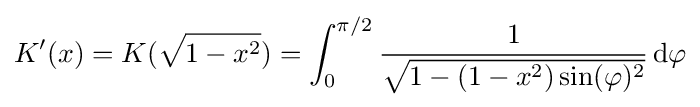
K'(x)=K({\sqrt {1-x^{2}}})=\int _{0}^{\pi /2}{\frac {1}{\sqrt {1-(1-x^{2})\sin(\varphi )^{2}}}}\,\mathrm {d} \varphi